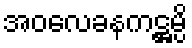
အဝလေခနကဋ္ဌမ္ပိ